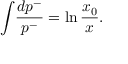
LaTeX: { \int } \frac { d p ^ { - } } { p ^ { - } } = \ln \frac { x _ { 0 } } { x } .